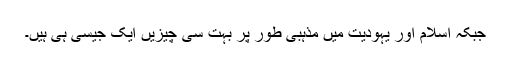
جبکہ اسلام اور یہودیت میں مذہبی طور پر بہت سی چیزیں ایک جیسی ہی ہیں۔